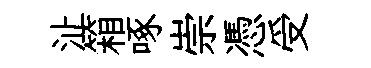
沚箱啄崇憑受